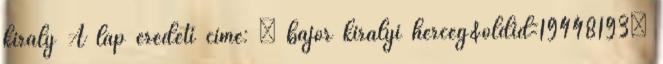
király A lap eredeti címe: „ bajor királyi herceg&oldid=19448193”